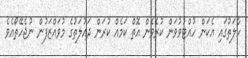
ހާލަތުގައި އެކަން ހުއްޓުވުވަން ކުރެވެން އޮތް ކަމެއް ކުރަން ދައުލަތުގެ މުވައްޒަފުން ނުޖެހޭތޯއެވެ